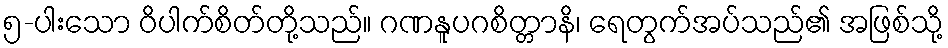
၅-ပါးသော ဝိပါက်စိတ်တို့သည်။ ဂဏနူပဂစိတ္တာနိ၊ ရေတွက်အပ်သည်၏ အဖြစ်သို့